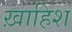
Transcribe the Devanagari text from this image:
ख़ाहिश